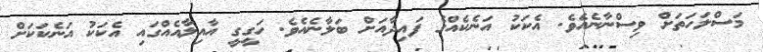
މަސްލަހަތަށް ވިސްނާނެއެވެ. އެކަކު އަނެކެއްގެ ފައިދާއަށް ބަލާނެއެވެ. ހަގީގީ އާއިލާއެއްގައި އެކަކު އަނެކަކަށް